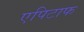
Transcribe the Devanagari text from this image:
एपिटाफ